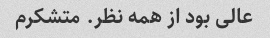
عالی بود از همه نظر. متشکرم